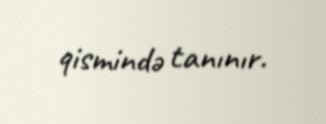
qismində tanınır.